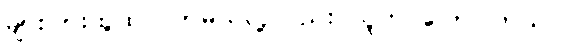
များပြားထူထပ်လာမယ်လို့လည်း သူက ပြောပါတယ်။